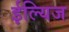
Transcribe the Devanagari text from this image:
ईल्यिज